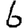
Digit: 6